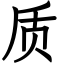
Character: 质